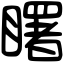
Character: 𥌓